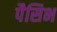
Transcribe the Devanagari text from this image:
पैसिभ